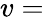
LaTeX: v=